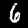
Digit: 6